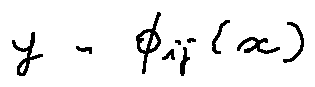
y - \phi _ { i j } ( x )